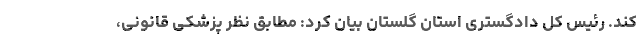
کند. رئیس کل دادگستری استان گلستان بیان کرد: مطابق نظر پزشکی قانونی،